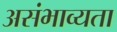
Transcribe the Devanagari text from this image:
असंभाव्यता